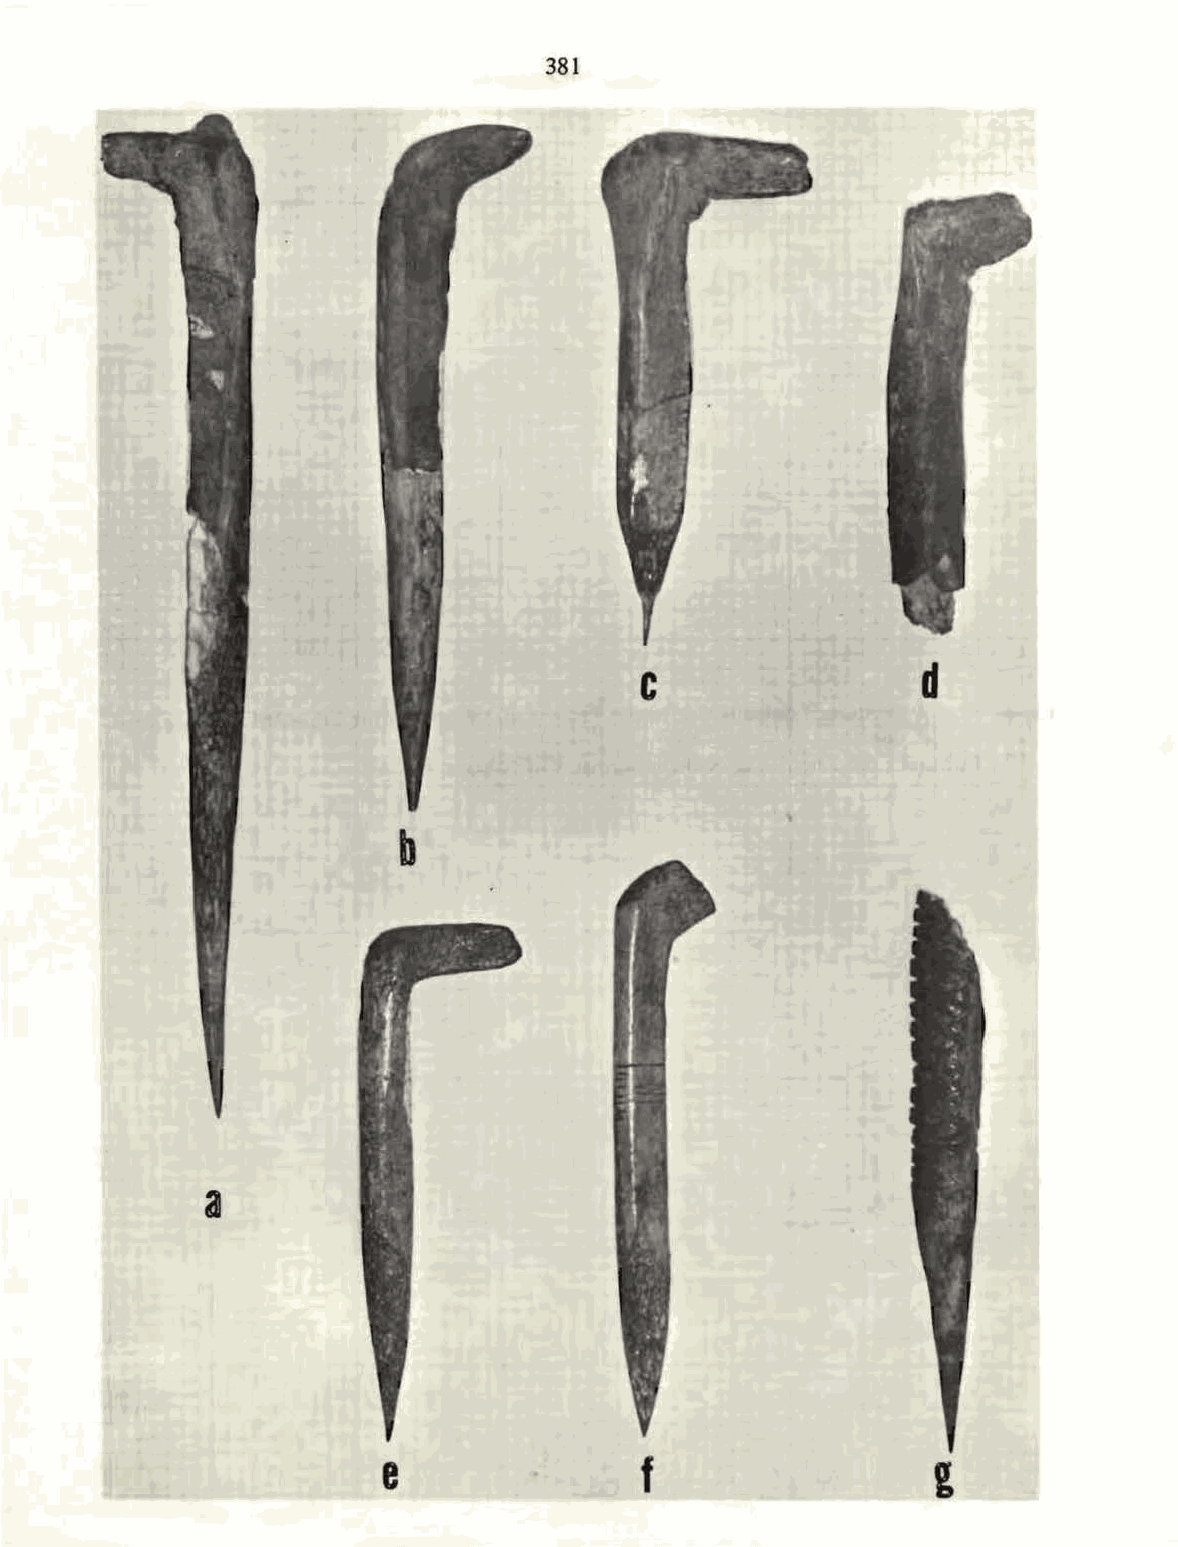
381
 c                  d
 b
 a
 e                 f